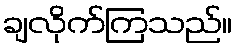
ချလိုက်ကြသည်။